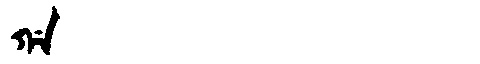
Manchu: ᡤᠠ
Romanization: GA